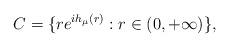
LaTeX: \begin{align*}C=\{re^{ih_{\mu}(r)}:r\in(0,+\infty)\},\end{align*}